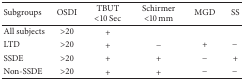
<table><thead><tr><td><b>Subgroups</b></td><td><b>OSDI</b></td><td><b>TBUT &lt;10 Sec </b></td><td><b>Schirmer &lt;10 mm</b></td><td><b>MGD</b></td><td><b>SS</b></td></tr></thead><tbody><tr><td>All subjects</td><td>&gt;20</td><td>+</td><td> </td><td> </td><td> </td></tr><tr><td>LTD</td><td>&gt;20</td><td>+</td><td>−</td><td>+</td><td>−</td></tr><tr><td>SSDE</td><td>&gt;20</td><td>+</td><td>+</td><td>−</td><td>+</td></tr><tr><td>Non-SSDE</td><td>&gt;20</td><td>+</td><td>+</td><td>−</td><td>−</td></tr></tbody></table>